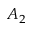
A _ { 2 }